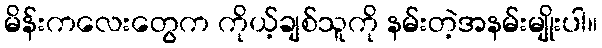
မိန်းကလေးတွေက ကိုယ့်ချစ်သူကို နမ်းတဲ့အနမ်းမျိုးပါ။